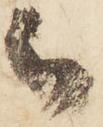
被